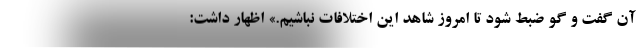
آن گفت و گو ضبط شود تا امروز شاهد این اختلافات نباشیم.» اظهار داشت: